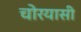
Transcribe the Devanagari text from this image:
चोरयासी